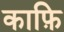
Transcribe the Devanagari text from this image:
काफ़ि